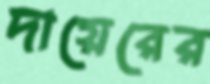
দায়েরের